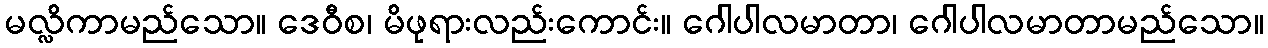
မလ္လိကာမည်သော။ ဒေဝီစ၊ မိဖုရားလည်းကောင်း။ ဂေါပါလမာတာ၊ ဂေါပါလမာတာမည်သော။